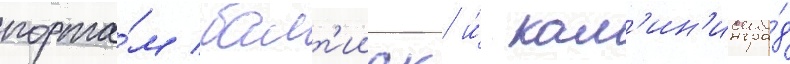
порта́м балт'ииск и́ кал'ин'ингра́д